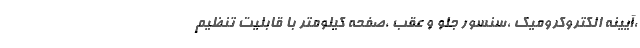
،آیینه الکتروکرومیک ،سنسور جلو و عقب ،صفحه کیلومتر با قابلیت تنظیم